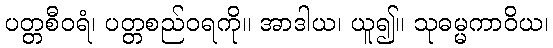
ပတ္တစီဝရံ၊ ပတ္တစည်ဝရကို။ အာဒါယ၊ ယူ၍။ သုဓမ္မကာဝိယ၊